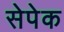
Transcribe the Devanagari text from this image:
सेपेक